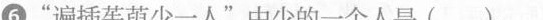
⑥”遍插茱萸少一人”中少的一个人是( )。